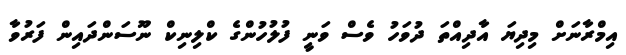
އިމްރާނަށް މިދިޔަ އާދިއްތަ ދުވަހު ވެސް ވަނީ ފުލުހުންގެ ކްލިނިކް ނޫސަންދައިން ފަރުވާ